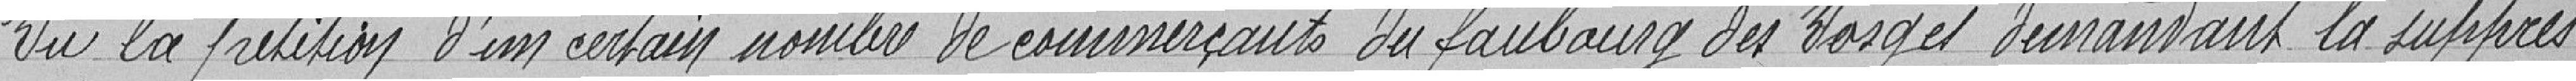
Vu la pétition d'un certain nombre de commerçants du faubourg des Vosges demandant la suppres-